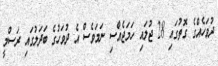
ދުވަހެއްގެ ގޮތުގައި 28 ޖުލައި ހަމަޖެއްސި ނަމަވެސް އެ ދުވަހުގެ ބަދަލުގައި ރަސްމީ